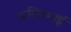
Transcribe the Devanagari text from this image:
अमितभाई